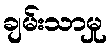
ချမ်းသာမှု